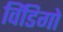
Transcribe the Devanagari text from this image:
विंडिगो